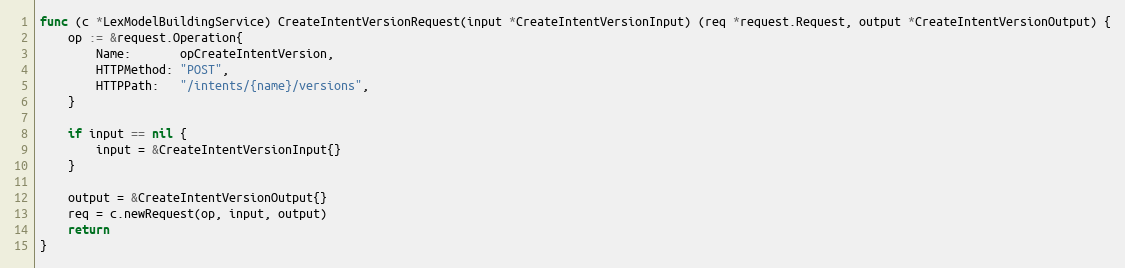
Language: Go
func (c *LexModelBuildingService) CreateIntentVersionRequest(input *CreateIntentVersionInput) (req *request.Request, output *CreateIntentVersionOutput) {
	op := &request.Operation{
		Name:       opCreateIntentVersion,
		HTTPMethod: "POST",
		HTTPPath:   "/intents/{name}/versions",
	}

	if input == nil {
		input = &CreateIntentVersionInput{}
	}

	output = &CreateIntentVersionOutput{}
	req = c.newRequest(op, input, output)
	return
}